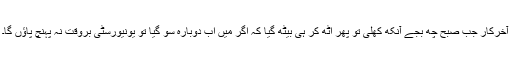
آخرکار جب صبح چھ بجے آنکھ کھلی تو پھر اٹھ کر ہی بیٹھ گیا کہ اگر مَیں اب دوبارہ سو گیا تو یونیورسٹی بروقت نہ پہنچ پاؤں گا۔